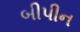
બીપીન